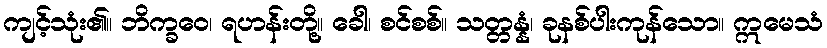
ကျင့်သုံး၏။ ဘိက္ခဝေ၊ ရဟန်းတို့။ ခေါ၊ စင်စစ်။ သတ္တန္နံ၊ ခုနစ်ပါးကုန်သော။ ဣမေသံ